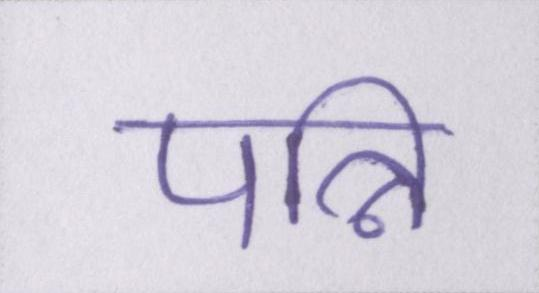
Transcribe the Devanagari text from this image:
पत्नि